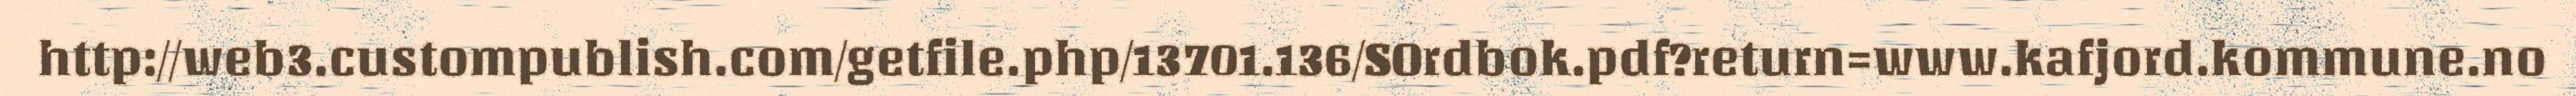
http://web3.custompublish.com/getfile.php/13701.136/SOrdbok.pdf?return=www.kafjord.kommune.no